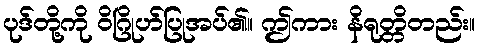
ပုဒ်တို့ကို ဝိဂြိုဟ်ပြုအပ်၏။ ဤကား နိရုတ္တိတည်း။